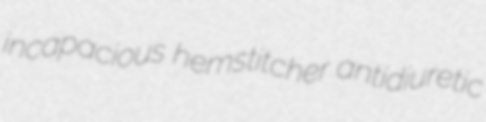
incapacious hemstitcher antidiuretic